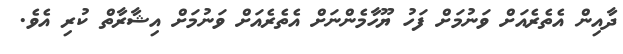
ދާއިން އެތެރެއަށް ވަނުމަށް ފަހު ޔޫހާމެންނަށް އެތެރެއަށް ވަނުމަށް އިޝާރާތް ކުރި އެވެ.